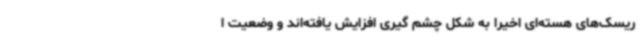
ریسک‌های هسته‌ای اخیرا به شکل چشم گیری افزایش یافته‌اند و وضعیت ا